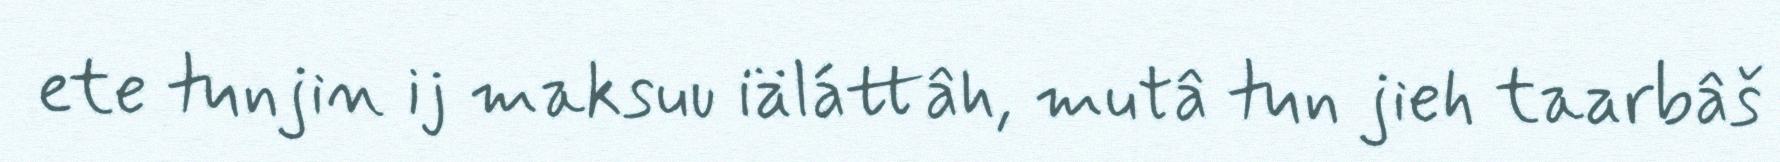
ete tunjin ij maksuu iäláttâh, mutâ tun jieh taarbâš